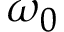
\omega _ { 0 }